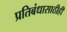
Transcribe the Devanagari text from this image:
प्रतिबंधासाठीही